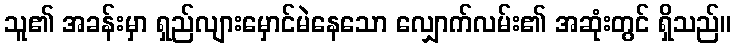
သူ၏ အခန်းမှာ ရှည်လျားမှောင်မဲနေသော လျှောက်လမ်း၏ အဆုံးတွင် ရှိသည်။